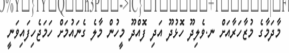
މާދަމާގެ މުޒާހަރާއަށް ނ.ވެލިދޫ ހޮޅުދޫ އަދި ފޮއްދޫ މީހުން މާލެ ގެނައުމަށް ހަމަޖެހިފައިވަނީ